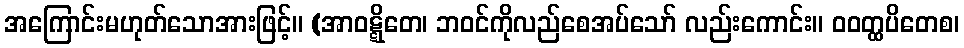
အကြောင်းမဟုတ်သောအားဖြင့်။ (အာဝဋ္ဋိတေ၊ ဘဝင်ကိုလည်စေအပ်သော် လည်းကောင်း။ ဝဝတ္ထပိတေစ၊